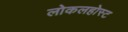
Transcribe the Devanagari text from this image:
लोकलहोस्ट